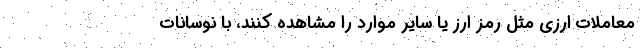
معاملات ارزی مثل رمز ارز یا سایر موارد را مشاهده کنند، با نوسانات